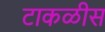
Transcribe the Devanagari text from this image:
टाकळीस